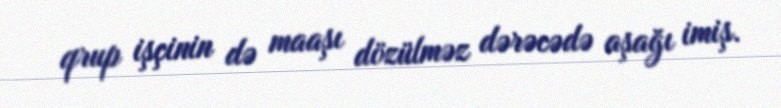
qrup işçinin də maaşı dözülməz dərəcədə aşağı imiş.